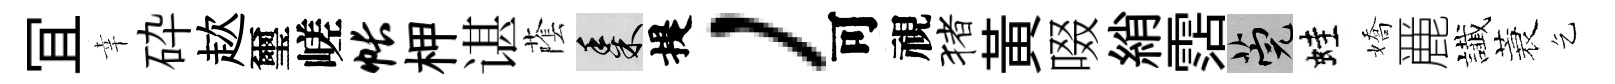
冝幸砕趑璽嵯帐柙谌䕃黍提，可視猪黃啜綃霑筦蛙嬌䴡䜟蓑乞